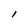
Character: l